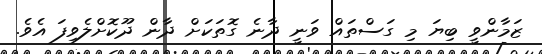
ޒަމާންވީ ބިޔަ މި ގަސްތައް ވަނީ ދާނެ ގޮތަކަށް ދާން ދޫކޮށްލެވިފަ އެވެ.